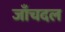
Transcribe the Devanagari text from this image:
जाँचदल